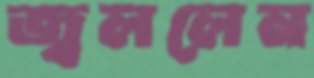
জ্বললেন